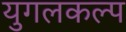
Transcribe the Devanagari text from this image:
युगलकल्प